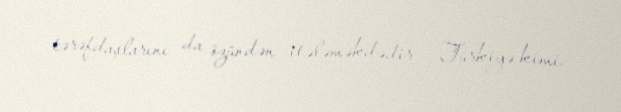
tərəfdaşlarını da özündən itələməkdədir - Türkiyə kimi.